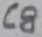
Text: C8